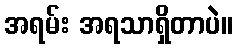
အရမ်း အရသာရှိတာပဲ။